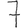
Digit: 7